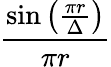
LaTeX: \frac{\sin\left(\frac{\pi r}{\Delta}\right)}{\pi r}